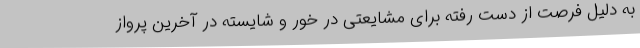
به دلیل فرصت از دست رفته برای مشایعتی در خور و شایسته در آخرین پرواز